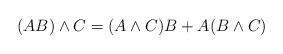
LaTeX: \begin{align*}(AB) \wedge C = (A \wedge C)B + A(B \wedge C)\end{align*}